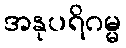
အနုပရိဂမ္မ